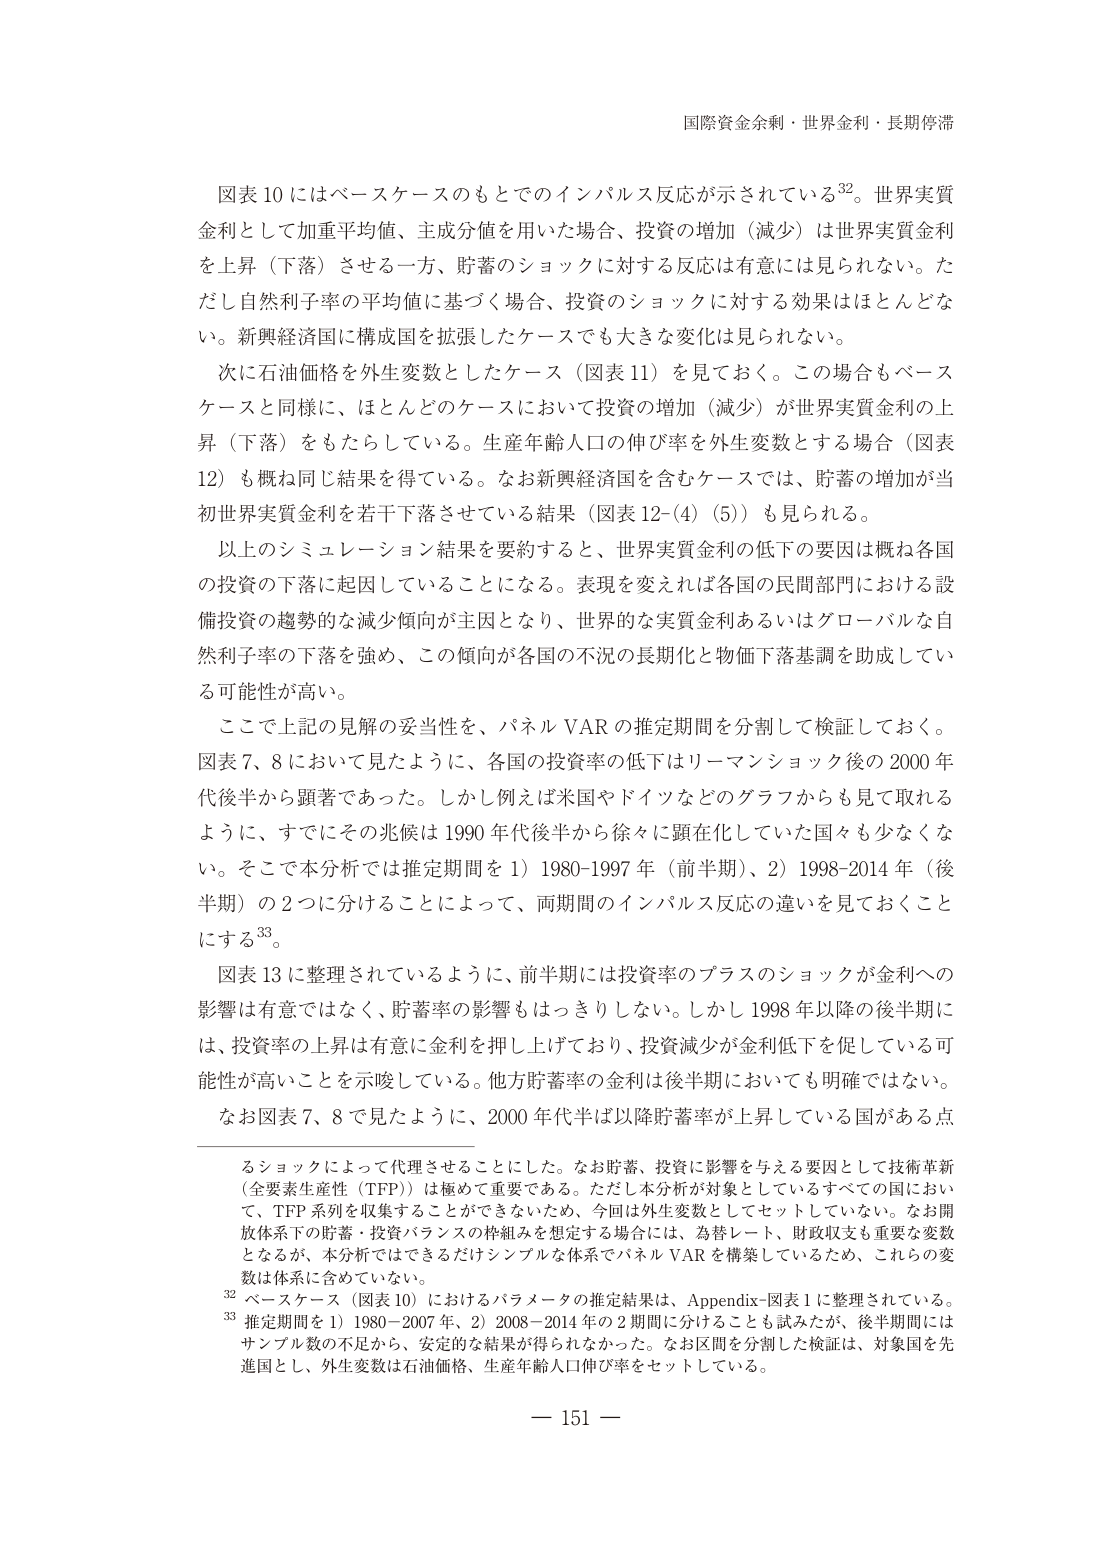
国際資金余剰・世界金利・長期停滞

図表10にはベースケースのもとでのインパルス反応が示されている32。世界実質金利として加重平均値、主成分値を用いた場合、投資の増加（減少）は世界実質金利を上昇（下落）させる一方、貯蓄のショックに対する反応は有意には見られない。ただし自然利子率の平均値に基づく場合、投資のショックに対する効果はほとんどない。新興経済国に構成国を拡張したケースでも大きな変化は見られない。

次に石油価格を外生変数としたケース（図表11）を見ておく。この場合もベースケースと同様に、ほとんどのケースにおいて投資の増加（減少）が世界実質金利の上昇（下落）をもたらしている。生産年齢人口の伸び率を外生変数とする場合（図表12）も概ね同じ結果を得ている。なお新興経済国を含むケースでは、貯蓄の増加が当初世界実質金利を若干下落させている結果（図表12-(4)(5)）も見られる。

以上のシミュレーション結果を要約すると、世界実質金利の低下の要因は概ね各国の投資の下落に起因していることになる。表現を変えれば各国の民間部門における設備投資の趨勢的な減少傾向が主因となり、世界的な実質金利あるいはグローバルな自然利子率の下落を強め、この傾向が各国の不況の長期化と物価下落基調を助成している可能性が高い。

ここで上記の見解の妥当性を、パネルVARの推定期間を分割して検証しておく。図表7、8において見たように、各国の投資率の低下はリーマンショック後の2000年代後半から顕著であった。しかし例えば米国やドイツなどのグラフからも見て取れるように、すでにその兆候は1990年代後半から徐々に顕在化していた国々も少なくない。そこで本分析では推定期間を1）1980-1997年（前半期）、2）1998-2014年（後半期）の2つに分けることによって、両期間のインパルス反応の違いを見ておくことにする33。

図表13に整理されているように、前半期には投資率のプラスのショックが金利への影響は有意ではなく、貯蓄率の影響もはっきりしない。しかし1998年以降の後半期には、投資率の上昇は有意に金利を押し上げており、投資減少が金利低下を促している可能性が高いことを示唆している。他方貯蓄率の金利は後半期においても明確ではない。なお図表7、8で見たように、2000年代半ば以降貯蓄率が上昇している国がある点

るショックによって代理させることにした。なお貯蓄、投資に影響を与える要因として技術革新（全要素生産性（TFP））は極めて重要である。ただし本分析が対象としているすべての国において、TFP系列を収集することができないため、今回は外生変数としてセットしていない。なお開放体系下の貯蓄・投資バランスの枠組みを想定する場合には、為替レート、財政収支も重要な変数となるが、本分析ではできるだけシンプルな体系でパネルVARを構築しているため、これらの変数は体系に含めていない。

32 ベースケース（図表10）におけるパラメータの推定結果は、Appendix-図表1に整理されている。

33 推定期間を1）1980-2007年、2）2008-2014年の2期間に分けることも試みたが、後半期間にはサンプル数の不足から、安定的な結果が得られなかった。なお区間を分割した検証は、対象国を先進国とし、外生変数は石油価格、生産年齢人口伸び率をセットしている。

— 151 —